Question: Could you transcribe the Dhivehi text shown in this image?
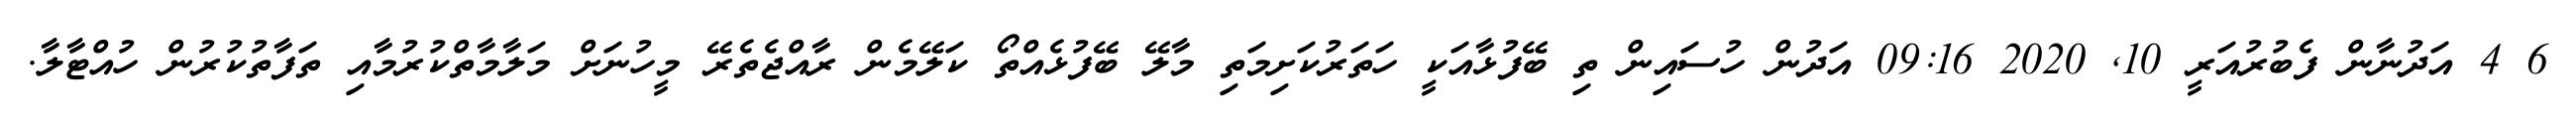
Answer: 6 4 އަދުނާން ފެބުރުއަރީ 10, 2020 09:16 އަދުން ހުސައިން ތި ބޭފުޅާއަކީ ހަތަރުކަށިމަތި މާލޭ ބޭފުޅެއްތޯ ކަލޭމެން ރާއްޖެތެރޭ މީހުނަށް މަލާމާތްކުރުމާއި ތަފާތުކުރުން ހުއްޓާލާ.